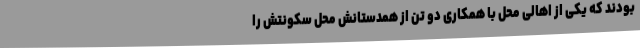
بودند که یکی از اهالی محل با همکاری دو تن از همدستانش محل سکونتش را